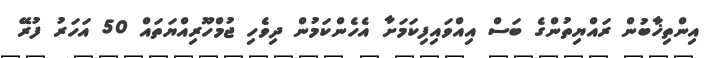
އިންތިޚާބުން ރައްޔިތުންގެ ބަސް އިއްވައިފިކަމަށާ އެހެންކަމުން ދިވެހި ޖުމްހޫރިއްޔަތައް 50 އަހަރު ފުރޭ